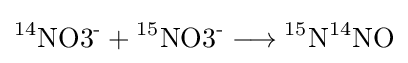
{{\mathrm {^{14}NO3^{\text{-}}} }{}+{}{\mathrm {^{15}NO3^{\text{-}}} }{}\mathrel {\longrightarrow } {}{\mathrm {^{15}N} }{\mathrm {^{14}NO} }}